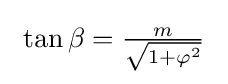
\ \tan \beta ={\tfrac {m}{\sqrt {1+\varphi ^{2}}}}\